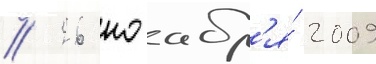
// 26 ноабр'я́ 2009